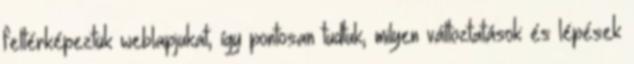
feltérképeztük weblapjukat, így pontosan tudtuk, milyen változtatások és lépések